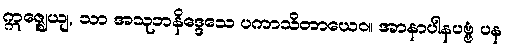
ဣဇ္ဈေယျ, သာ အသုဘနိဒ္ဒေသေ ပကာသိတာယေဝ။ အာနာပါနပဗ္ဗံ ပန